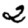
Digit: 2